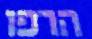
הרפו